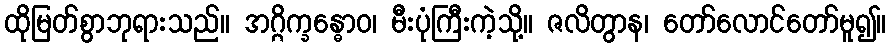
ထိုမြတ်စွာဘုရားသည်။ အဂ္ဂိက္ခန္ဓောဝ၊ မီးပုံကြီးကဲ့သို့။ ဇလိတွာန၊ တော်လောင်တော်မူ၍။